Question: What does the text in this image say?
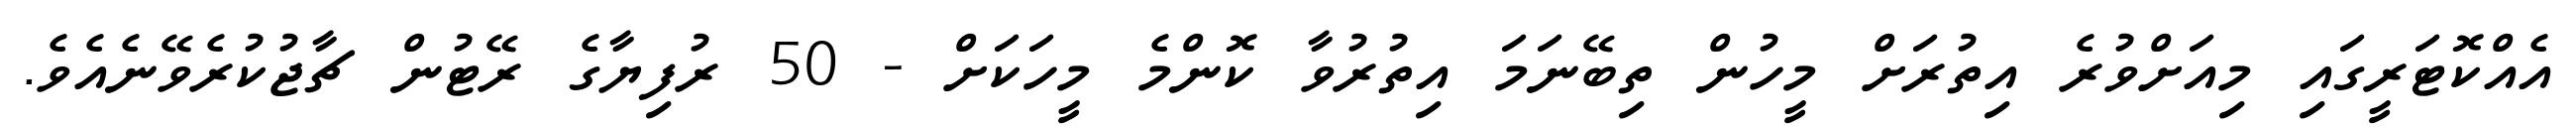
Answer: އެއްކޮޓަރީގައި މިއަށްވުރެ އިތުރަށް މީހުން ތިބޭނަމަ އިތުރުވާ ކޮންމެ މީހަކަށް - 50 ރުފިޔާގެ ރޭޓުން ޗާޖުކުރެވޭނެއެވެ.